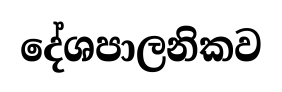
දේශපාලනිකව